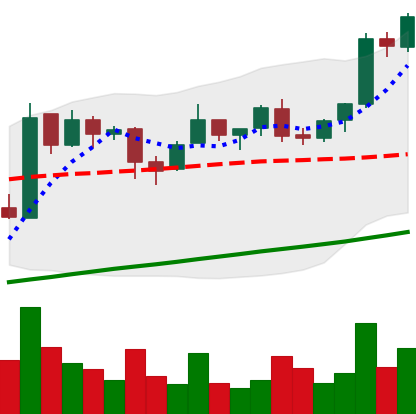
Ticker: BTC-USD
Chart end date: 2017-08-07
Forward return: 14.968%
Label: up_7plus